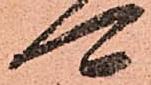
可